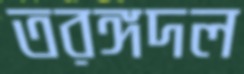
তরঙ্গদল